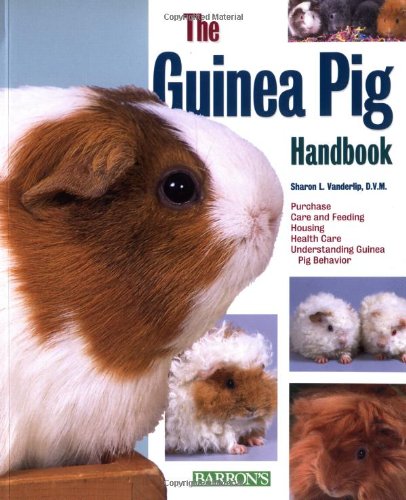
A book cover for The Guinea Pig Handbook (Barron's Pet Handbooks); Sharon Vanderlip  D.V.M.; Crafts, Hobbies & Home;